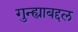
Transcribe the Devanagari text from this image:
गुन्ह्याबद्दल